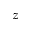
\boldsymbol { z }